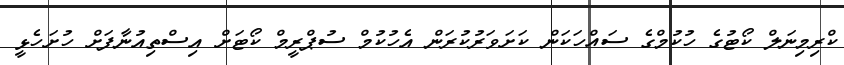
ކްރިމިނަލް ކޯޓުގެ ހުކުމްގެ ސައްހަކަން ކަށަވަރުކުރަން އެހުކުމް ސުޕްރީމް ކޯޓަށް އިސްތިއުނާފަށް ހުށަހެޅީ